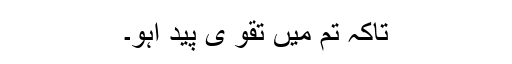
تاکہ تم میں تقوٰ یٰ پید اہو۔